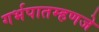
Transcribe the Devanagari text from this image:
गर्भपातम्हणजे